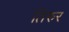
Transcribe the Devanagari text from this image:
तिरुर